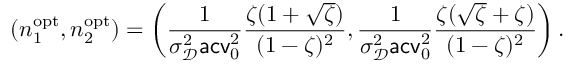
( n _ { 1 } ^ { \mathrm { o p t } } , n _ { 2 } ^ { \mathrm { o p t } } ) = \left( \frac { 1 } { \sigma _ { \mathscr D } ^ { 2 } \mathsf { a c v } _ { 0 } ^ { 2 } } \frac { \zeta ( 1 + \sqrt \zeta ) } { ( 1 - \zeta ) ^ { 2 } } , \frac { 1 } { \sigma _ { \mathscr D } ^ { 2 } \mathsf { a c v } _ { 0 } ^ { 2 } } \frac { \zeta ( \sqrt \zeta + \zeta ) } { ( 1 - \zeta ) ^ { 2 } } \right) .